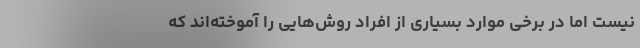
نیست اما در برخی موارد بسیاری از افراد روش‌هایی را آموخته‌اند که